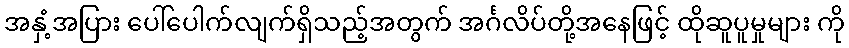
အနှံ့အပြား ပေါ်ပေါက်လျက်ရှိသည့်အတွက် အင်္ဂလိပ်တို့အနေဖြင့် ထိုဆူပူမှုများ ကို